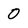
Character: 0